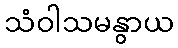
သံဝါသမနွာယ